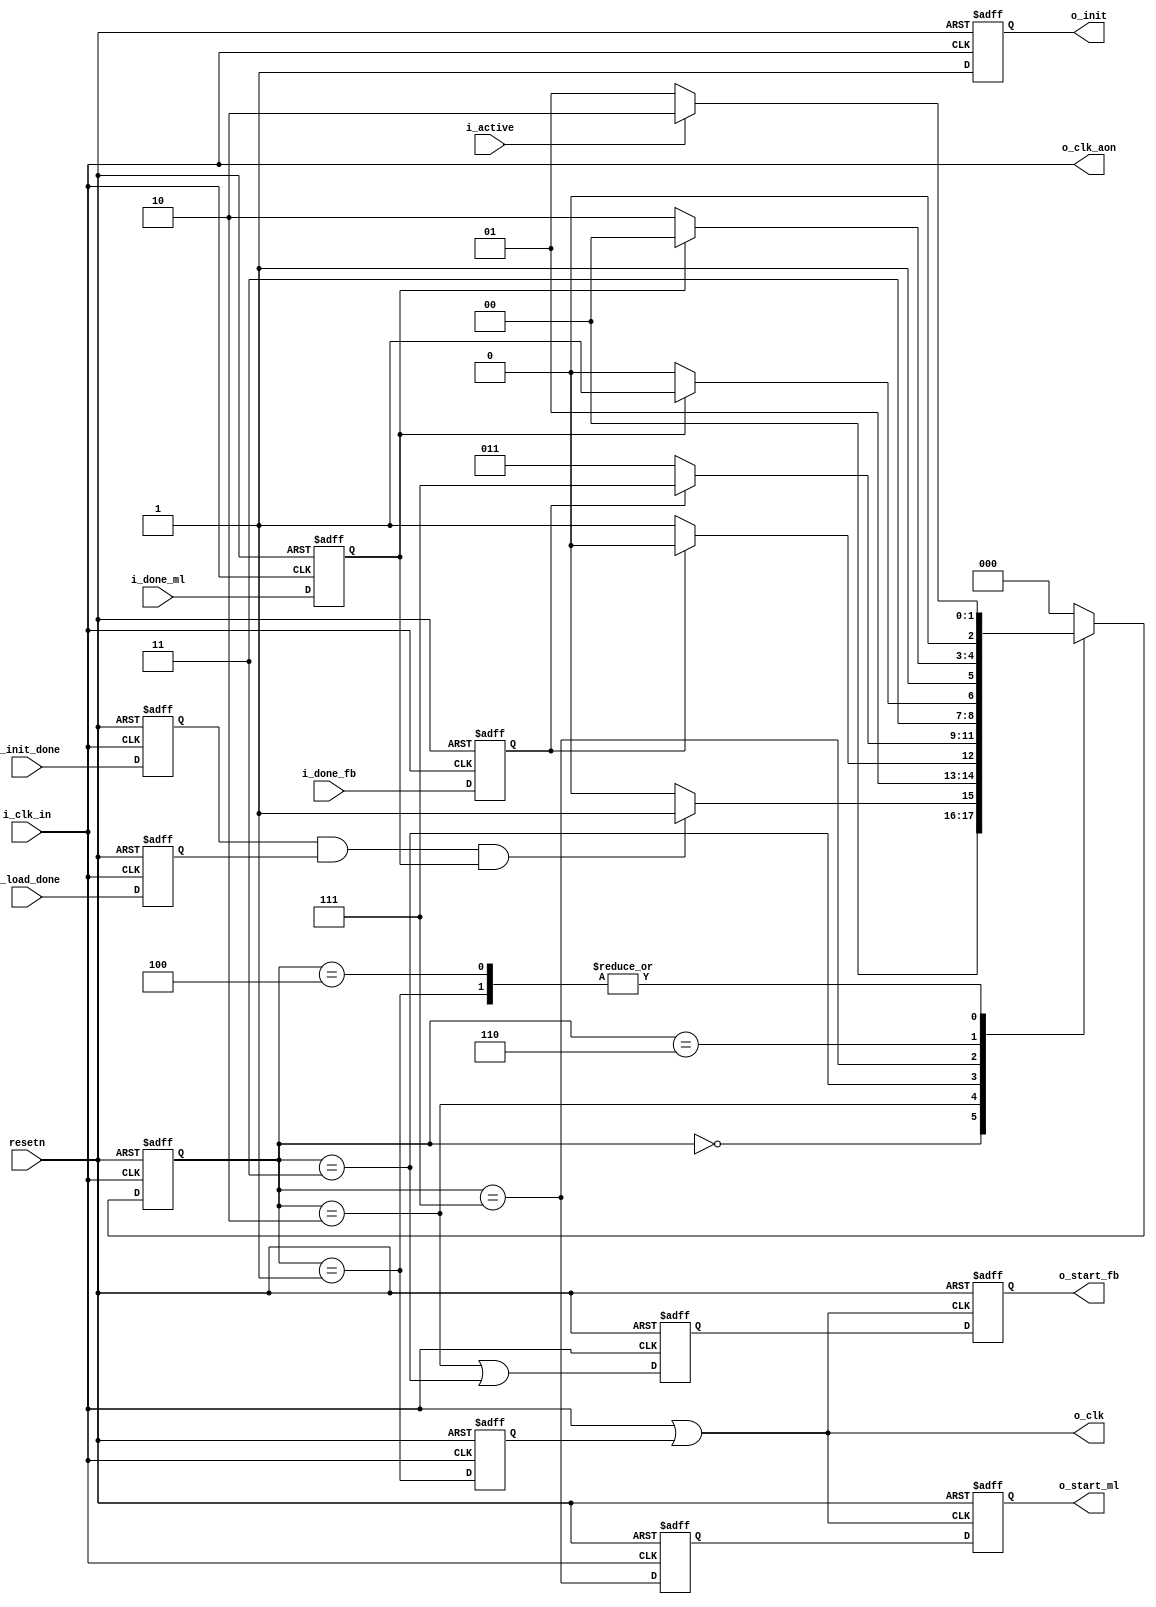

module ice40_audio_clkgen (
input		i_clk_in   ,

input           i_init_done,
input           i_load_done,
input           i_active   ,
input           i_done_fb  ,
input           i_done_ml  ,

output          o_start_fb ,
output          o_start_ml ,

output reg   	o_init     ,
output          o_clk_aon  ,
output          o_clk      ,

input		resetn     
);

parameter EN_CLKMASK    = 1'b1;
parameter DIV           = 1;

parameter	[2:0]
                S_WAIT_INIT    = 3'b000,
		S_WAIT_ACTIVE  = 3'b001,
		S_WAIT_FB_RUN  = 3'b010,
		S_WAIT_FB_DONE = 3'b011,
		S_WAIT_ML_RUN  = 3'b111,
		S_WAIT_ML_DONE = 3'b110,
		S_WAIT_BUDGET  = 3'b100;

wire		g_clk;
wire		w_clk; // GB output

wire		w_gbuf_in;

generate if(EN_CLKMASK == 1'b1)
begin: g_on_en_clkmask
    reg		core_mask;

    reg		done_fb_lat;
    reg		done_ml_lat;
    reg		init_done_lat;
    reg		load_done_lat;

    reg		r_start_fb_clk;
    reg		r_start_fb_clk27;
    reg		r_start_ml_clk;
    reg		r_start_ml_clk27;

    reg	[2:0]	state;
    reg	[2:0]	nstate;

    always @(posedge o_clk_aon or negedge resetn)
    begin
	if(resetn == 1'b0)
	    state <= S_WAIT_INIT;
	else
	    state <= nstate;
    end

    always @(*)
    begin
	case(state)
	    S_WAIT_INIT:
		nstate <= ((init_done_lat == 1'b1) && (load_done_lat == 1'b1) && (done_ml_lat == 1'b1)) ? S_WAIT_ACTIVE : S_WAIT_INIT;
	    S_WAIT_ACTIVE:
		nstate <= i_active ? S_WAIT_FB_RUN : S_WAIT_ACTIVE;
	    S_WAIT_FB_RUN:
		nstate <= done_fb_lat ? S_WAIT_FB_RUN : S_WAIT_FB_DONE;
	    S_WAIT_FB_DONE:
		nstate <= done_fb_lat ? S_WAIT_ML_RUN : S_WAIT_FB_DONE;
	    S_WAIT_ML_RUN:
		nstate <= done_ml_lat ? S_WAIT_ML_RUN : S_WAIT_ML_DONE;
	    S_WAIT_ML_DONE:
		nstate <= done_ml_lat ? S_WAIT_BUDGET : S_WAIT_ML_DONE;
	    S_WAIT_BUDGET:
		nstate <= i_active ? S_WAIT_FB_RUN : S_WAIT_ACTIVE;
	    default:
		nstate <= S_WAIT_INIT ;
	endcase
    end

    always @(posedge o_clk_aon or negedge resetn)
    begin
	if(resetn == 1'b0)
	    core_mask <= 1'b0;
	else 
	    core_mask <= (state == S_WAIT_ACTIVE);
    end

    always @(posedge o_clk_aon or negedge resetn)
    begin
	if(resetn == 1'b0) begin
	    done_fb_lat   <= 1'b0;
	    done_ml_lat   <= 1'b0;
	    init_done_lat <= 1'b0;
	    load_done_lat <= 1'b0;
	end else begin
	    done_fb_lat   <= i_done_fb;
	    done_ml_lat   <= i_done_ml;
	    init_done_lat <= i_init_done;
	    load_done_lat <= i_load_done;
	end
    end

    always @(posedge o_clk_aon or negedge resetn)
    begin
	if(resetn == 1'b0) begin
	    r_start_fb_clk27 <= 1'b0;
	    r_start_ml_clk27 <= 1'b0;
	end else begin
	    r_start_fb_clk27 <= (state == S_WAIT_FB_RUN) || (state == S_WAIT_FB_DONE) ; 
	    r_start_ml_clk27 <= (state == S_WAIT_ML_RUN);
	end
    end

    always @(posedge o_clk or negedge resetn)
    begin
	if(resetn == 1'b0) begin
	    r_start_fb_clk <= 1'b0;
	    r_start_ml_clk <= 1'b0;
	end else begin
	    r_start_fb_clk <= r_start_fb_clk27;
	    r_start_ml_clk <= r_start_ml_clk27;
	end
    end

    assign o_start_fb = r_start_fb_clk;
    assign o_start_ml = r_start_ml_clk;

    assign g_clk      = o_clk_aon | core_mask;

`ifdef ICECUBE
    SB_GB u_gb_clk(
	.USER_SIGNAL_TO_GLOBAL_BUFFER(g_clk   ),
	.GLOBAL_BUFFER_OUTPUT        (o_clk   )
    );
`else // Radiant
    assign o_clk = g_clk;
`endif

end 
else
begin
    assign o_clk      = o_clk_aon   ;

    assign o_start_fb = i_done_ml & i_load_done;
    assign o_start_ml = i_done_fb;
end
endgenerate

assign w_gbuf_in = i_clk_in;

`ifdef ICECUBE
SB_GB u_gb_clk (
    .USER_SIGNAL_TO_GLOBAL_BUFFER(w_gbuf_in   ),
    .GLOBAL_BUFFER_OUTPUT        (o_clk_aon   )
);
`else // Radiant
assign o_clk_aon = w_gbuf_in;
`endif

always @(posedge o_clk_aon or negedge resetn)
begin
    if(resetn == 1'b0)
	o_init <= 1'b0;
    else 
	o_init <= 1'b1;
end

endmodule